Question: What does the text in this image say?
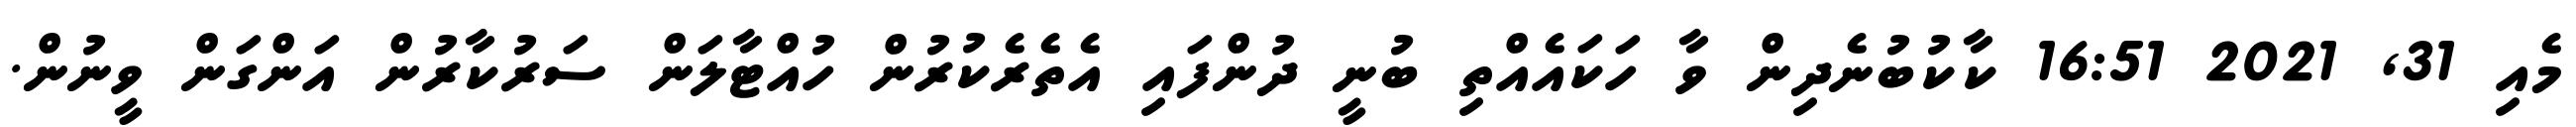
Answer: މެއި 31, 2021 16:51 ކާކުބުނެދިން ވާ ހަކައެއްތި ބުނީ ދުންފައި އެތެރެކުރުން ހުއްޓާލަން ސަރުކާރުން އަންގަން ވީނުން.